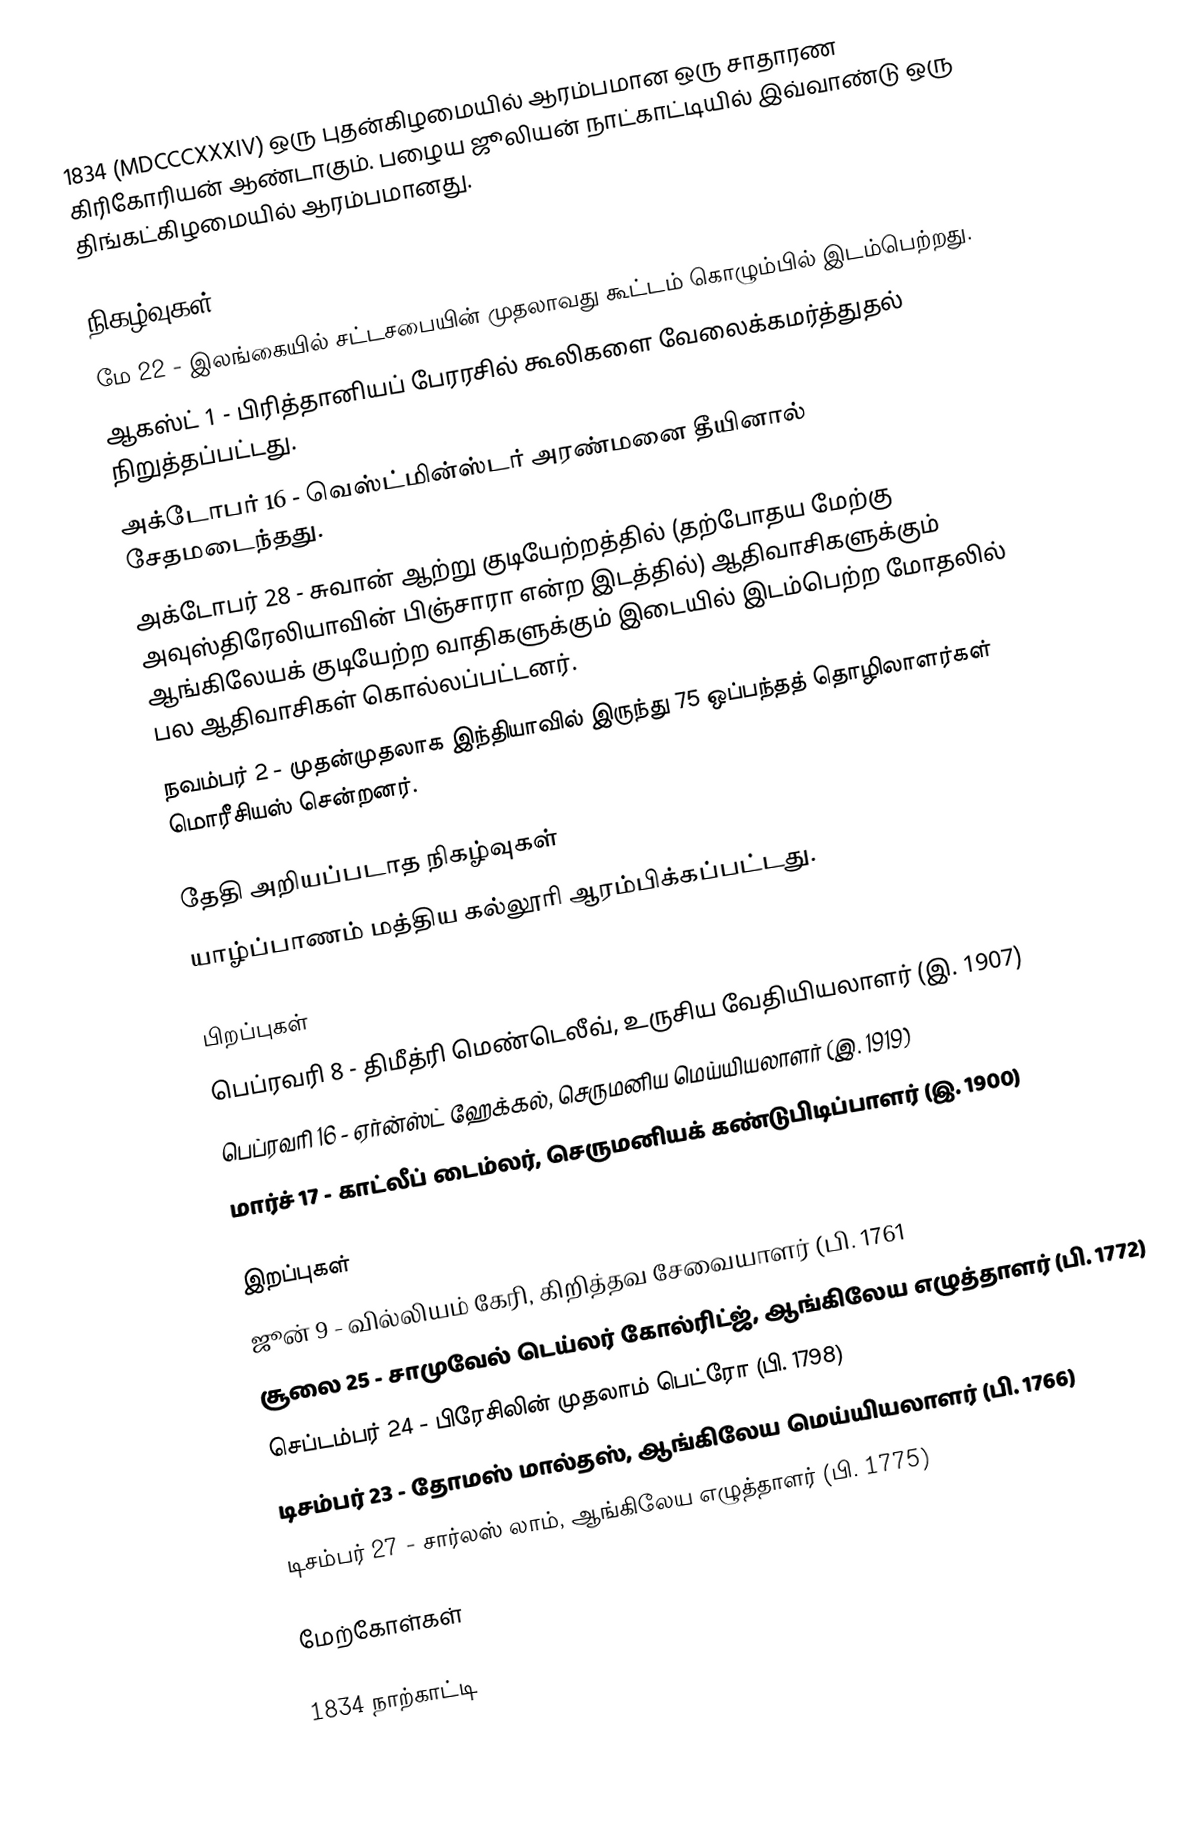
1834  (MDCCCXXXIV) ஒரு புதன்கிழமையில் ஆரம்பமான ஒரு சாதாரண கிரிகோரியன் ஆண்டாகும். பழைய ஜூலியன் நாட்காட்டியில் இவ்வாண்டு ஒரு திங்கட்கிழமையில் ஆரம்பமானது.

நிகழ்வுகள்
 மே 22 - இலங்கையில் சட்டசபையின் முதலாவது கூட்டம் கொழும்பில் இடம்பெற்றது.
 ஆகஸ்ட் 1 - பிரித்தானியப் பேரரசில் கூலிகளை வேலைக்கமர்த்துதல் நிறுத்தப்பட்டது.
 அக்டோபர் 16 - வெஸ்ட்மின்ஸ்டர் அரண்மனை தீயினால் சேதமடைந்தது.
 அக்டோபர் 28 - சுவான் ஆற்று குடியேற்றத்தில் (தற்போதய மேற்கு அவுஸ்திரேலியாவின் பிஞ்சாரா என்ற இடத்தில்) ஆதிவாசிகளுக்கும் ஆங்கிலேயக் குடியேற்ற வாதிகளுக்கும் இடையில் இடம்பெற்ற மோதலில் பல ஆதிவாசிகள் கொல்லப்பட்டனர்.
 நவம்பர் 2 - முதன்முதலாக இந்தியாவில் இருந்து 75 ஒப்பந்தத் தொழிலாளர்கள் மொரீசியஸ் சென்றனர்.

தேதி அறியப்படாத நிகழ்வுகள்
 யாழ்ப்பாணம் மத்திய கல்லூரி ஆரம்பிக்கப்பட்டது.

பிறப்புகள்
 பெப்ரவரி 8 - திமீத்ரி மெண்டெலீவ், உருசிய வேதியியலாளர் (இ. 1907)
 பெப்ரவரி 16 - ஏர்ன்ஸ்ட் ஹேக்கல், செருமனிய மெய்யியலாளர் (இ. 1919)
 மார்ச் 17 - காட்லீப் டைம்லர், செருமனியக் கண்டுபிடிப்பாளர் (இ. 1900)

இறப்புகள்
 ஜூன் 9 - வில்லியம் கேரி, கிறித்தவ சேவையாளர் (பி. 1761
 சூலை 25 - சாமுவேல் டெய்லர் கோல்ரிட்ஜ், ஆங்கிலேய எழுத்தாளர் (பி. 1772)
 செப்டம்பர் 24 - பிரேசிலின் முதலாம் பெட்ரோ (பி. 1798)
 டிசம்பர் 23 - தோமஸ் மால்தஸ், ஆங்கிலேய மெய்யியலாளர் (பி. 1766)
 டிசம்பர் 27 - சார்லஸ் லாம், ஆங்கிலேய எழுத்தாளர் (பி. 1775)

மேற்கோள்கள்

1834 நாற்காட்டி